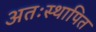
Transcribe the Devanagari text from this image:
अतःस्थापित